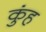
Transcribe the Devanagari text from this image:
कुंह